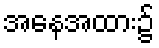
အနေအထား၌